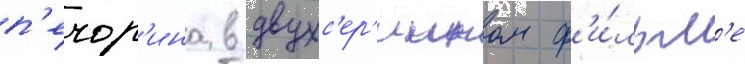
п'ечор'ина в двухс'ер'иином ф'и́льм'е